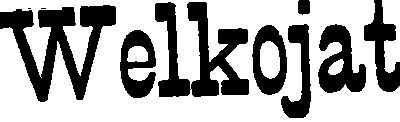
Welkojat